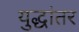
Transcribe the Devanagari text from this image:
युद्धांतर